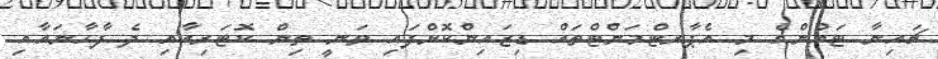
ޗައިނާ ޓައުންގެ މި އެޕާރޓްމަންޓްތައް ޑިޒައިންކޮށްފައި ވަނީ ތިން ކޮޓަރިއާއި ދެ ފާހާނައާއި